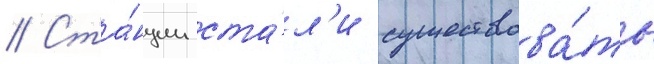
// Ста́нции ста́л'и существова́ть